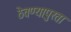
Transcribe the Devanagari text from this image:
ठेवण्यापुरता